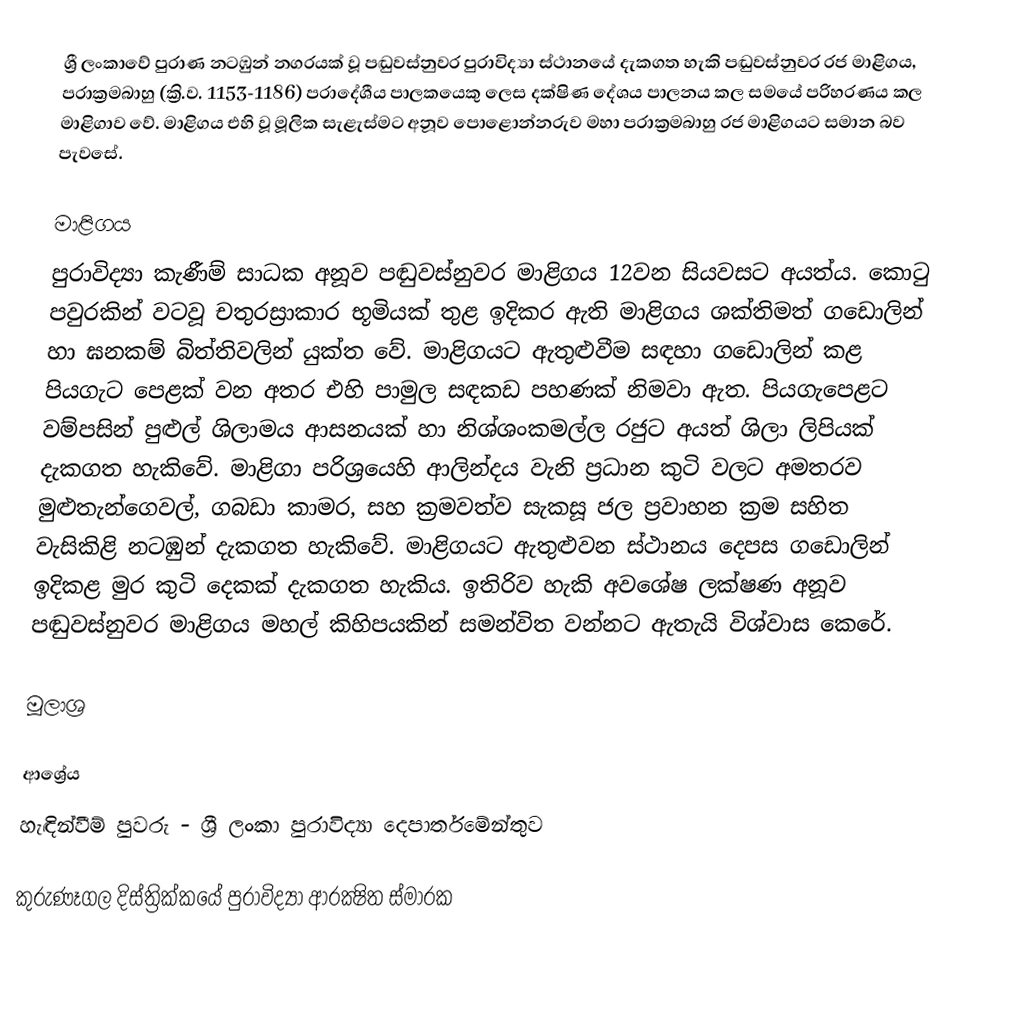
ශ්‍රී ලංකාවේ පුරාණ නටඹුන් නගරයක් වූ පඬුවස්නුවර පුරාවිද්‍යා ස්ථානයේ දැකගත හැකි පඬුවස්නුවර රජ මාළිගය, පරාක්‍රමබාහු (ක්‍රි.ව. 1153-1186) ප‍්‍රාදේශීය පාලකයෙකු ලෙස දක්ෂිණ දේශය පාලනය කල සමයේ පරිහරණය කල මාළිගාව වේ. මාළිගය එහි වූ මූලික සැළැස්මට අනූව පොළොන්නරුව මහා පරාක්‍රමබාහු රජ මාළිගයට සමාන බව පැවසේ.

මාළිගය
පුරාවිද්‍යා කැණීම් සාධක අනූව පඬුවස්නුවර මාළිගය 12වන සියවසට අයත්ය. කොටු පවුරකින් වටවූ චතුරස්‍රාකාර භූමියක් තුළ ඉදිකර ඇති මාළිගය ශක්තිමත් ගඩොලින් හා ඝනකම් බිත්තිවලින් යුක්ත වේ. මාළිගයට ඇතුළුවීම සඳහා ගඩොලින් කළ පියගැට පෙළක් වන අතර එහි පාමුල සඳකඩ පහණක් නිමවා ඇත. පියගැපෙළට වම්පසින් පුළුල් ශිලාමය ආසනයක් හා නිශ්ශංකමල්ල රජුට අයත් ශිලා ලිපියක් දැකගත හැකිවේ. මාළිගා පරිශ්‍රයෙහි ආලින්දය වැනි ප්‍රධාන කුටි වලට අමතරව මුළුතැන්ගෙවල්, ගබඩා කාමර, සහ ක්‍රමවත්ව සැකසූ ජල ප්‍රවාහන ක්‍රම සහිත වැසිකිළි නටඹුන් දැකගත හැකිවේ. මාළිගයට ඇතුළුවන ස්ථානය දෙපස ගඩොලින් ඉදිකළ මුර කුටි දෙකක් දැකගත හැකිය. ඉතිරිව හැකි අවශේෂ ලක්ෂණ අනූව පඬුවස්නුවර මාළිගය මහල් කිහිපයකින් සමන්විත වන්නට ඇතැයි විශ්වාස කෙරේ.

මූලාශ්‍ර

ආශ්‍රේය
හැඳින්වීම් පුවරු - ශ්‍රී ලංකා පුරාවිද්‍යා දෙපාර්තමේන්තුව

කුරුණෑගල දිස්ත්‍රික්කයේ පුරාවිද්‍යා ආරක්‍ෂිත ස්මාරක‎